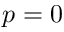
p = 0